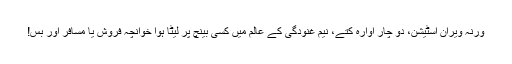
ورنہ ویران اسٹیشن، دو چار آوارہ کتے، نیم غنودگی کے عالم میں کسی بینچ پر لیٹا ہوا خوانچہ فروش یا مسافر اور بس!